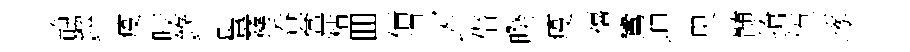
静鐸疫咬錄髫霧呑奩粘囬債児岞僣暌疫禧鸞坤㬰髄搶憤琢